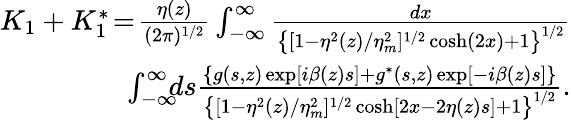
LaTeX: \begin{array}{rlr}&{}&{\! \! \! \! \! \! \! \! \! \! \! \! K_{1}+K_{1}^{*}\! =\! \frac{\eta(z)}{(2\pi)^{1/2}}\int_{-\infty}^{\infty}\frac{dx}{\left\{ [1-\eta^{2}(z)/\eta_{m}^{2}]^{1/2}\cosh(2x)+1\right\} ^{1/2}}}\\ &{}&{\! \! \! \! \! \! \! \! \int_{-\infty}^{\infty}\! \! \! ds\frac{\left\{ g(s,z)\exp[i\beta(z)s]+g^{*}(s,z)\exp[-i\beta(z)s]\right\} }{\left\{ [1-\eta^{2}(z)/\eta_{m}^{2}]^{1/2}\cosh[2x-2\eta(z)s]+1\right\} ^{1/2}}.}\end{array}